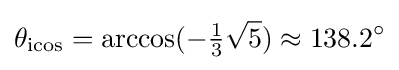
\theta _{\mathrm {icos} }=\arccos(-{\tfrac {1}{3}}{\sqrt {5}})\approx 138.2^{\circ }